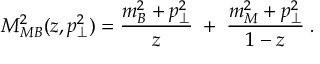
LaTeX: M _ { M B } ^ { 2 } ( z , p _ { \perp } ^ { 2 } ) = \frac { m _ { B } ^ { 2 } + p _ { \perp } ^ { 2 } } { z } \; + \; \frac { m _ { M } ^ { 2 } + p _ { \perp } ^ { 2 } } { 1 - z } \; .